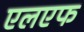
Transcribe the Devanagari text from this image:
एलएफ